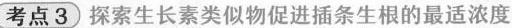
考点3 探索生长素类似物促进插条生根的最适浓度